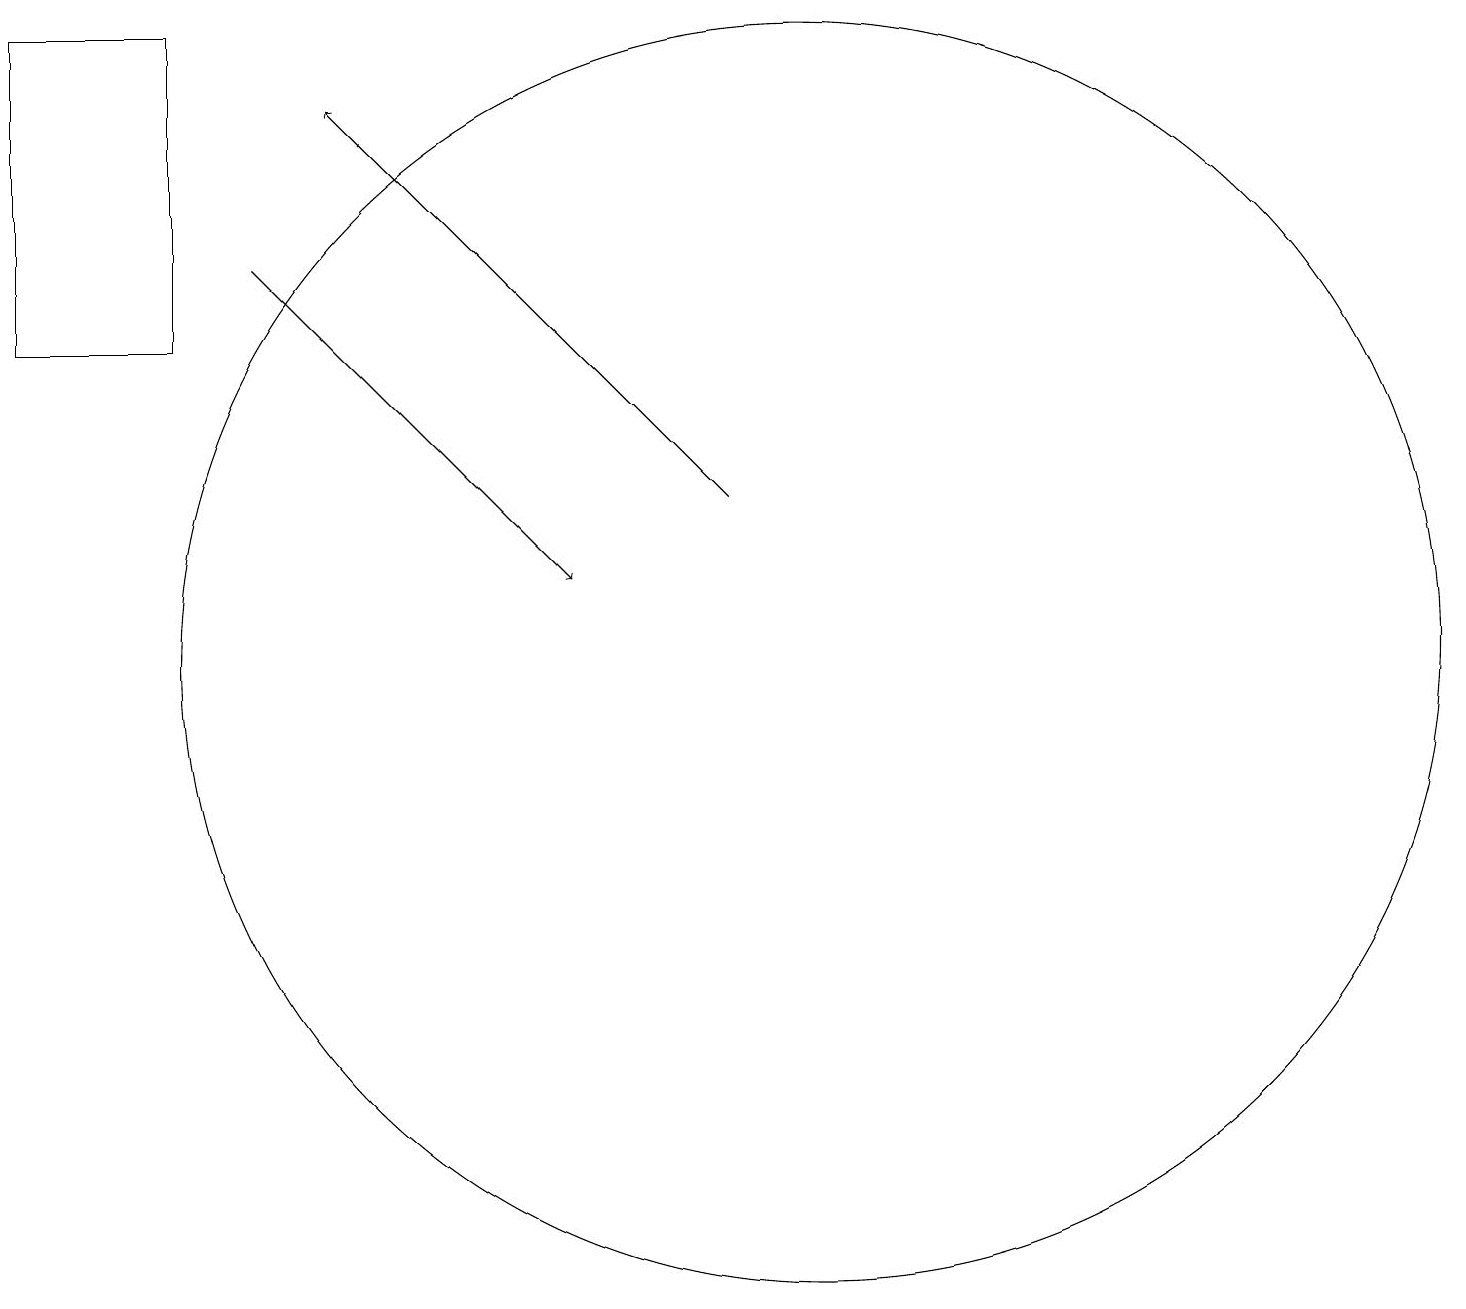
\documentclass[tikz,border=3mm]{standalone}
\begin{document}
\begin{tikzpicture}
\draw[->] (3,16) -- (7,12);
\draw[->] (9,13) -- (4,18);
\draw (2,19) rectangle (0,15);
\draw (10,11) circle (8);
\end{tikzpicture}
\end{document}